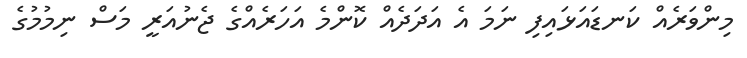
މިންވަރެއް ކަނޑައަޅައިފި ނަމަ އެ އަދަދެއް ކޮންމެ އަހަރެއްގެ ޖެނުއަރީ މަސް ނިމުމުގެ